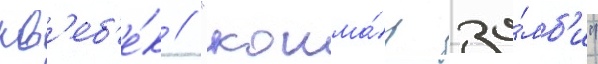
кв'еб'е́к // "кошма́р зо́мб'и"